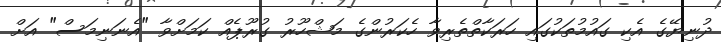
ދުނިޔޭގެ އެކި ގައުމުތަކުގައި ހަރަކާތްތެރިވާ ހެކަރުންގެ މަޝްހޫރު ގުރޫޕެއް ކަމަށްވާ "އެނަނިމަސް" އަށް